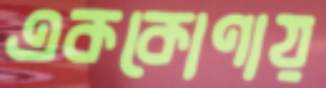
এককোণায়